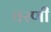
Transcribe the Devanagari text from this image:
घरणी